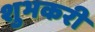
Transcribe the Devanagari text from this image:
शुभकरी